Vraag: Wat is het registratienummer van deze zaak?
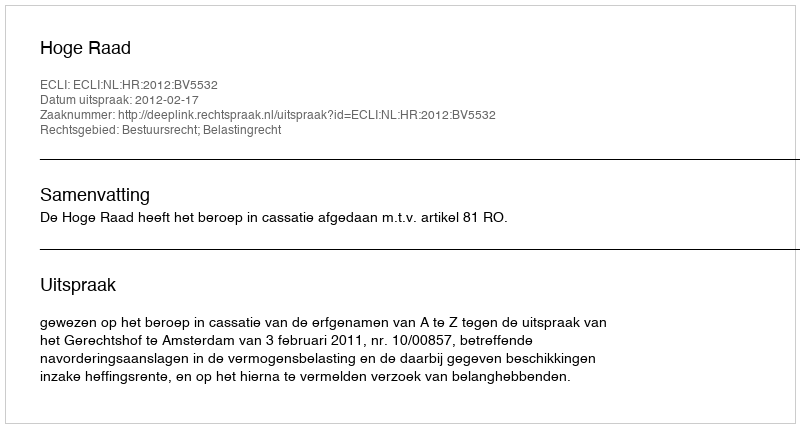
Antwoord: http://deeplink.rechtspraak.nl/uitspraak?id=ECLI:NL:HR:2012:BV5532